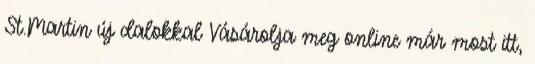
St.Martin új dalokkal Vásárolja meg online már most itt,